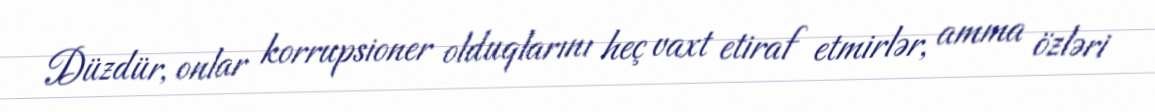
Düzdür, onlar korrupsioner olduqlarını heç vaxt etiraf etmirlər, amma özləri